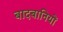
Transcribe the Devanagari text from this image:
बादबानियों